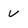
Character: v